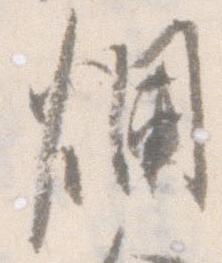
爛